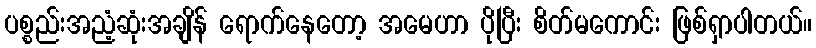
ပစ္စည်းအညံ့ဆုံးအချိန် ရောက်နေတော့ အမေဟာ ပိုပြီး စိတ်မကောင်း ဖြစ်ရှာပါတယ်။